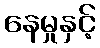
နေမှုနှင့်